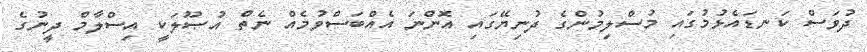
ދުވަސް ކަނޑައެޅުމުގައި މުސްލިމުންގެ ދުނިޔޭގައި އޮންނަ އެއްބަސްވުމެއް ނެތް އުޞޫލަކީ އިސްލާމް ދީނުގެ